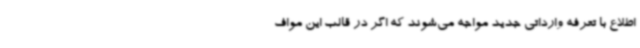
اطلاع با تعرفه وارداتی جدید مواجه می‌شوند که اگر در قالب این مواف